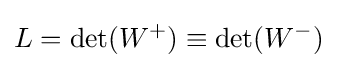
L=\det(W^{+})\equiv \det(W^{-})